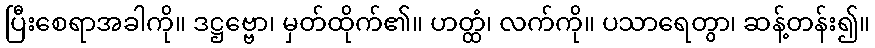
ပြီးစေရာအခါကို။ ဒဋ္ဌဗ္ဗော၊ မှတ်ထိုက်၏။ ဟတ္ထံ၊ လက်ကို။ ပသာရေတွာ၊ ဆန့်တန်း၍။